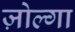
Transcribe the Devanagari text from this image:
ज़ोल्गा